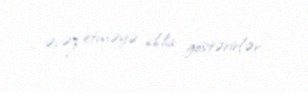
əvəz etməyə iddia göstərirlər.